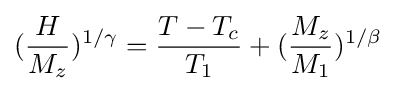
({\frac {H}{M_{z}}})^{1/\gamma }={\frac {T-T_{c}}{T_{1}}}+({\frac {M_{z}}{M_{1}}})^{1/\beta }